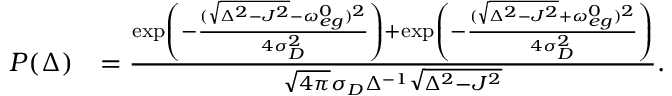
\begin{array} { r l } { P ( \Delta ) } & { = \frac { \exp \left( - \frac { ( \sqrt { \Delta ^ { 2 } - J ^ { 2 } } - \omega _ { e g } ^ { 0 } ) ^ { 2 } } { 4 \sigma _ { D } ^ { 2 } } \right) + \exp \left( - \frac { ( \sqrt { \Delta ^ { 2 } - J ^ { 2 } } + \omega _ { e g } ^ { 0 } ) ^ { 2 } } { 4 \sigma _ { D } ^ { 2 } } \right) } { \sqrt { 4 \pi } \sigma _ { D } \Delta ^ { - 1 } \sqrt { \Delta ^ { 2 } - J ^ { 2 } } } . } \end{array}